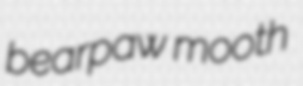
bearpaw mooth